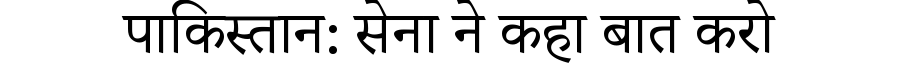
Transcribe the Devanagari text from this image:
पाकिस्तान: सेना ने कहा बात करो